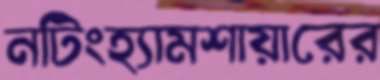
নটিংহ্যামশায়ারের